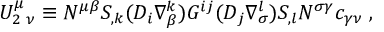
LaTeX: U _ { 2 \; \nu } ^ { \mu } \equiv N ^ { \mu \beta } S _ { , k } ( { \cal D } _ { i } \nabla _ { \beta } ^ { k } ) { \cal G } ^ { i j } ( { \cal D } _ { j } \nabla _ { \sigma } ^ { l } ) S _ { , l } N ^ { \sigma \gamma } c _ { \gamma \nu } \; ,